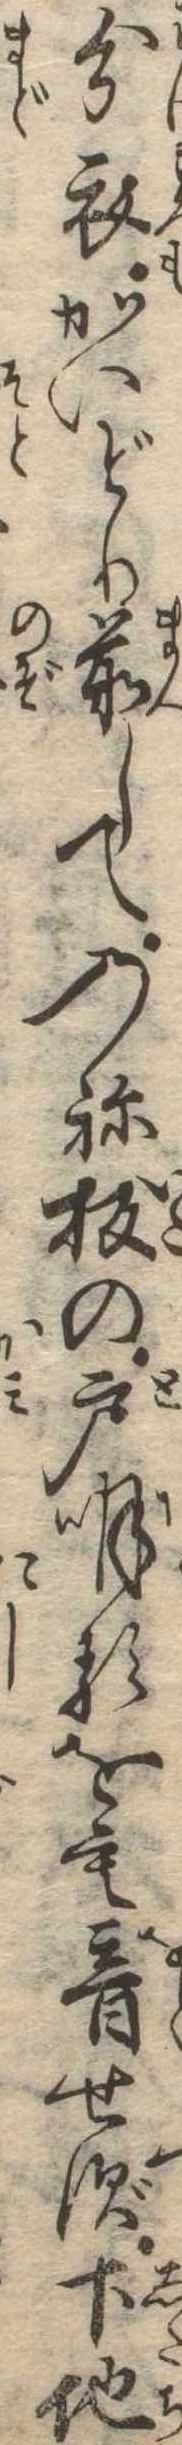
分衣かいどり前してのね板の戸明るをも音せず下地